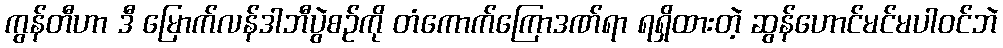
ကွန်တီဟာ ဒီ မြောက်လန်ဒါဘီပွဲစဉ်ကို တံကောက်ကြောဒဏ်ရာ ရရှိထားတဲ့ ဆွန်ဟောင်မင်မပါဝင်ဘဲ